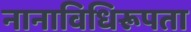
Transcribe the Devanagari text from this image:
नानाविधिरूपता